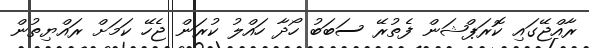
ރާއްޖޭގައި ކޮރަޕްޝަން ފެތުރޭ ސަބަބު ހޯދާ ހައްލު ކުރަން ޖެހޭ ކަމަށް ރައްޔިތުން